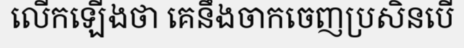
លើកឡើងថា គេនឹងចាកចេញប្រសិនបើ